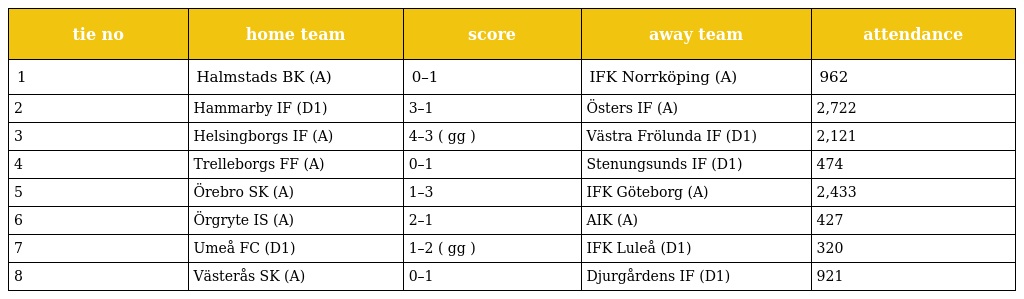
| tie no | home team | score | away team | attendance |
 | --- | --- | --- | --- | --- |
 | 1 | Halmstads BK (A) | 0–1 | IFK Norrköping (A) | 962 |
 | 2 | Hammarby IF (D1) | 3–1 | Östers IF (A) | 2,722 |
 | 3 | Helsingborgs IF (A) | 4–3 ( gg ) | Västra Frölunda IF (D1) | 2,121 |
 | 4 | Trelleborgs FF (A) | 0–1 | Stenungsunds IF (D1) | 474 |
 | 5 | Örebro SK (A) | 1–3 | IFK Göteborg (A) | 2,433 |
 | 6 | Örgryte IS (A) | 2–1 | AIK (A) | 427 |
 | 7 | Umeå FC (D1) | 1–2 ( gg ) | IFK Luleå (D1) | 320 |
 | 8 | Västerås SK (A) | 0–1 | Djurgårdens IF (D1) | 921 |